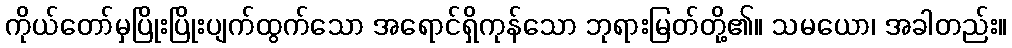
ကိုယ်တော်မှပြိုးပြိုးပျက်ထွက်သော အရောင်ရှိကုန်သော ဘုရားမြတ်တို့၏။ သမယော၊ အခါတည်း။